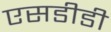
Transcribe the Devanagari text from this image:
एसडीडी